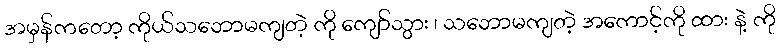
အမှန်ကတော့ ကိုယ်သဘောမကျတဲ့ ကို ကျော်သွား ၊ သဘောမကျတဲ့ အကောင့်ကို ထား နဲ့ ကို